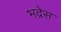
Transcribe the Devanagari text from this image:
भद्रेस